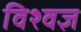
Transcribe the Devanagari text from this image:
विश्वज्ञ